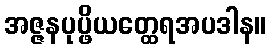
အဇ္ဇနပုပ္ဖိယတ္ထေရအပဒါန။